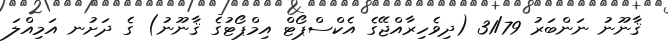
ޤާނޫނު ނަންބަރު 31/79 (ދިވެހިރާއްޖޭގެ އެކްސްޕޯޓް އިމްޕޯޓުގެ ޤާނޫނު) ގެ ދަށުނ އަމިއްލަ